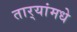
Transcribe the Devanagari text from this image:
तार्‍यांमधे